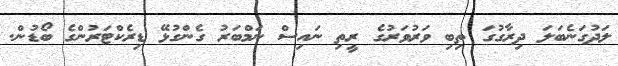
ލަދުގަނެބަލަ ދިރާގުގަ ތިބި ވަރުވަރުގެ ރީތި ނައިސް ނަމްބަރު ގެންގުޅޭ ޑިރެކްޓަރުންގެ ބޯޑުން.